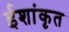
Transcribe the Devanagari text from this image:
ईशांकृत